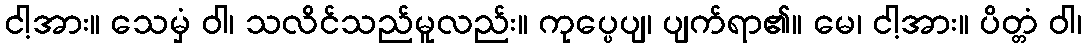
ငါ့အား။ သေမှံ ဝါ၊ သလိင်သည်မူလည်း။ ကုပ္ပေပျ၊ ပျက်ရာ၏။ မေ၊ ငါ့အား။ ပိတ္တံ ဝါ၊